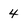
Character: 4